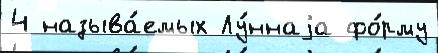
4 называ́емых Лу́ннаjа фо́рму